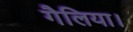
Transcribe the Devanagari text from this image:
गैलिया।